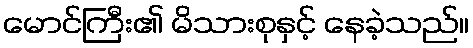
မောင်ကြီး၏ မိသားစုနှင့် နေခဲ့သည်။